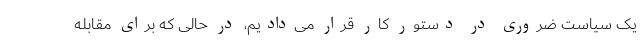
یک سیاست ضروری در دستور کار قرار می‌دادیم، در حالی که برای مقابله